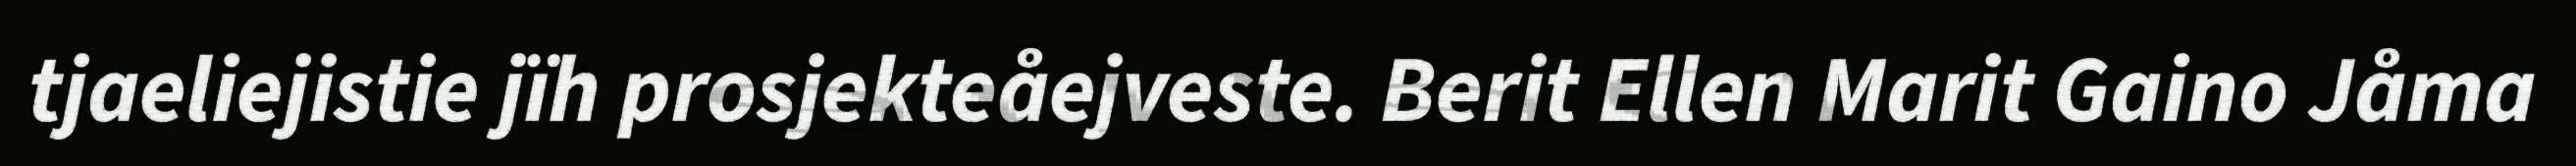
tjaeliejistie jïh prosjekteåejveste. Berit Ellen Marit Gaino Jåma